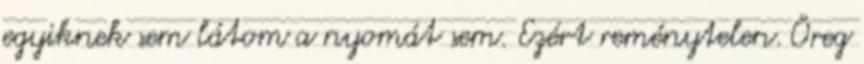
egyiknek sem látom a nyomát sem. Ezért reménytelen. Öreg